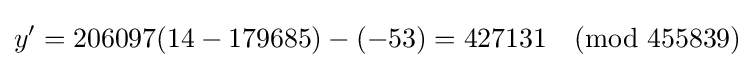
y'=206097(14-179685)-(-53)=427131{\pmod {455839}}